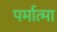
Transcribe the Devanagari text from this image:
पर्मात्मा